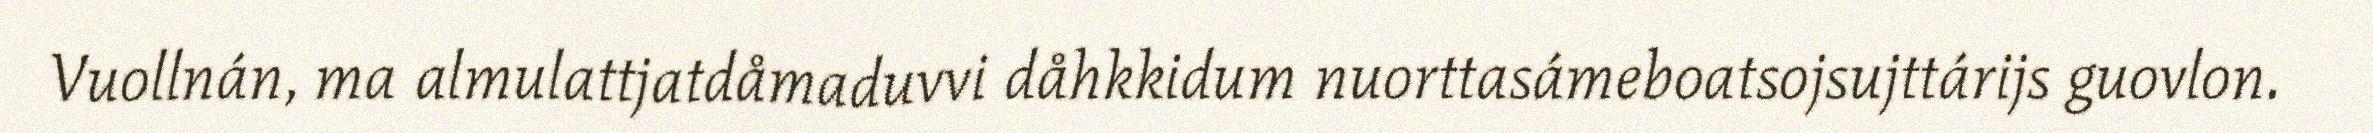
Vuollnán, ma almulattjatdåmaduvvi dåhkkidum nuorttasámeboatsojsujttárijs guovlon.